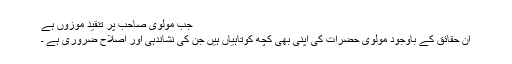
جب مولوی صاحب پر تنقید موزوں ہے
ان حقائق کے باوجود مولوی حضرات کی اپنی بھی کچھ کوتاہیاں ہیں جن کی نشاندہی اور اصلاح ضروری ہے ۔